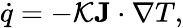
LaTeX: {\dot{q}}=-{\mathcal{K}}\mathbf{J}\cdot\nabla T,